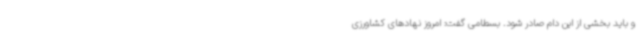
و باید بخشی از این دام صادر شود. بسطامی گفت: امروز نهادهای کشاورزی